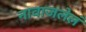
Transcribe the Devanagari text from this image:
नावाजलेलं